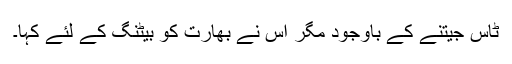
ٹاس جیتنے کے باوجود مگر اس نے بھارت کو بیٹنگ کے لئے کہا۔